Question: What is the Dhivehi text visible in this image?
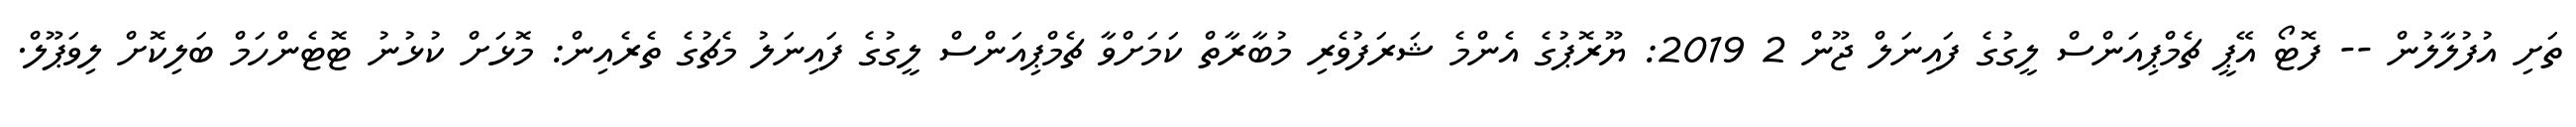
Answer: ތަށި އުފުލާލުން -- ފޮޓޯ އޭޕީ ޗެމްޕިއަންސް ލީގުގެ ފައިނަލް ޖޫން 2 2019: ޔޫރޮޕުގެ އެންމެ ޝަރަފުވެރި މުބާރާތް ކަމަށްވާ ޗެމްޕިއަންސް ލީގުގެ ފައިނަލު މެޗުގެ ތެރެއިން: މޮޅަށް ކުޅުނު ޓޮޓެންހަމް ބަލިކޮށް ލިވަޕޫލް.